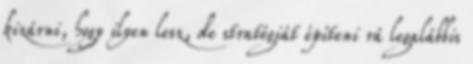
kizárni, hogy ilyen lesz, de stratégiát építeni rá legalábbis